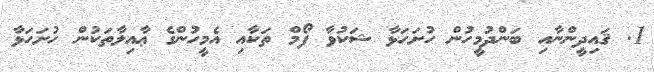
1. ޤައިދީންނާއި ބަންދުމީހުން ހުށަހަޅާ ޝަކުވާ ފޯމް ތަކާއި އެމީހުންގެ ޢާއިލާތަކުން ހުށަހަޅާ